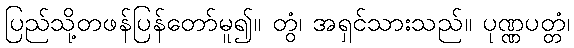
ပြည်သို့တဖန်ပြန်တော်မူ၍။ တွံ၊ အရှင်သားသည်။ ပုဏ္ဏပတ္တံ၊